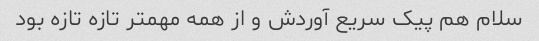
سلام هم پیک سریع آوردش و از همه مهمتر تازه تازه بود